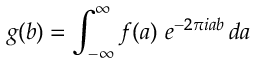
\, \, \, g ( b ) = \int _ { - \infty } ^ { \infty } f ( a ) \ e ^ { - 2 \pi i a b } \, d a